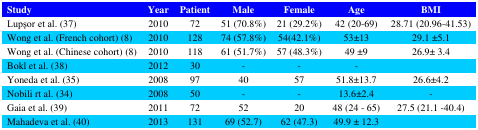
<table><thead><tr><td><b>Study</b></td><td><b>Year</b></td><td><b>Patient</b></td><td><b>Male</b></td><td><b>Female</b></td><td><b>Age</b></td><td><b>BMI</b></td></tr></thead><tbody><tr><td>Lupşor et al. (37)</td><td>2010</td><td>72</td><td>51 (70.8%)</td><td>21 (29.2%)</td><td>42 (20-69)</td><td>28.71 (20.96-41.53)</td></tr><tr><td>Wong et al. (French cohort) (8)</td><td>2010</td><td>128</td><td>74 (57.8%)</td><td>54(42.1%)</td><td>53±13</td><td>29.1 ±5.1</td></tr><tr><td>Wong et al. (Chinese cohort) (8)</td><td>2010</td><td>118</td><td>61 (51.7%)</td><td>57 (48.3%)</td><td>49 ±9</td><td>26.9± 3.4</td></tr><tr><td>Bokl et al. (38)</td><td>2012</td><td>30</td><td>-</td><td>-</td><td>-</td><td></td></tr><tr><td>Yoneda et al. (35)</td><td>2008</td><td>97</td><td>40</td><td>57</td><td>51.8±13.7</td><td>26.6±4.2</td></tr><tr><td>Nobili rt al. (34)</td><td>2008</td><td>50</td><td>-</td><td>-</td><td>13.6±2.4</td><td>-</td></tr><tr><td>Gaia et al. (39)</td><td>2011</td><td>72</td><td>52</td><td>20</td><td>48 (24 - 65)</td><td>27.5 (21.1 -40.4)</td></tr><tr><td>Mahadeva et al. (40)</td><td>2013</td><td>131</td><td>69 (52.7)</td><td>62 (47.3)</td><td>49.9 ± 12.3</td><td></td></tr></tbody></table>